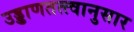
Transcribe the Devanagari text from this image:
उड्डाणतत्त्वानुसार